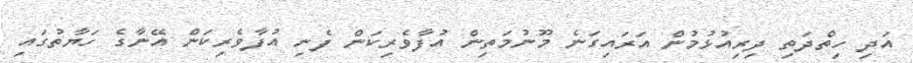
އަދި ހިތްދަތި ދިރިއުޅުމުން އަރައިގަނެ މޫނުމަތިން އުފާވެރިކަން ފެނި އުފާވެރިކަން އޭނާގެ ހަޔާތުގައި